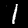
Digit: 1